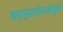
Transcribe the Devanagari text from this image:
कार्यशीलतेमुळे